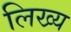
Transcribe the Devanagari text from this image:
लिख्य